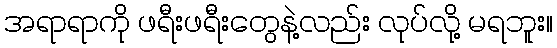
အရာရာကို ဖရီးဖရီးတွေနဲ့လည်း လုပ်လို့ မရဘူး။